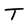
Character: T